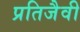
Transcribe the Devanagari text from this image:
प्रतिजैवी